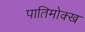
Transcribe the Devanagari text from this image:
पातिमोक्ख